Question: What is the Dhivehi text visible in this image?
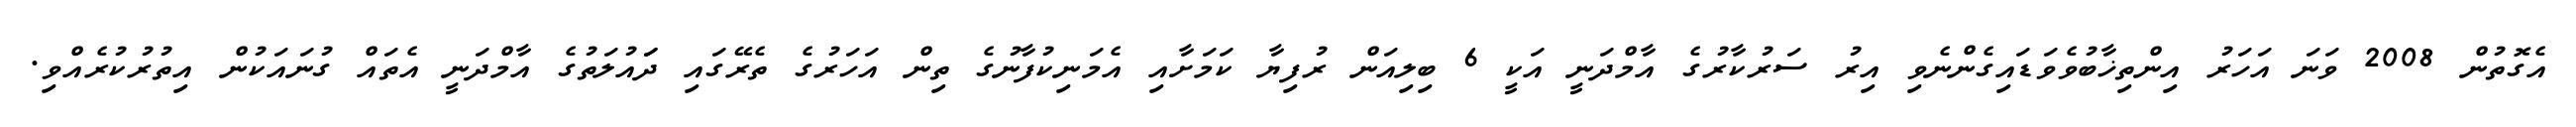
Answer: އެގޮތުން 2008 ވަނަ އަހަރު އިންތިޚާބުވެވަޑައިގެންނެވި އިރު ސަރުކާރުގެ އާމްދަނީ އަކީ 6 ބިލިއަން ރުފިޔާ ކަމަށާއި އެމަނިކުފާނުގެ ތިން އަހަރުގެ ތެރޭގައި ދަައުލަތުގެ އާމްދަނީ އެތައް ގުނައަކުން އިތުރުކުރެއްވި.